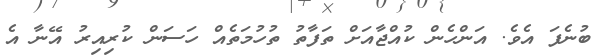
ބުނެފަ އެވެ. އަންހެން ކުއްޖާއަށް ތަފާތު ތުހުމަތެއް ހަސަން ކުރިއިރު އޭނާ އެ